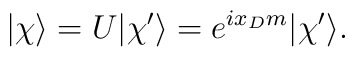
|{\chi}\rangle = U|\chi^{\prime}\rangle = e^{ ix_D m}|\chi^{\prime}\rangle.